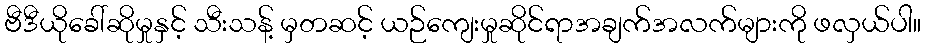
ဗီဒီယိုခေါ်ဆိုမှုနှင့် သီးသန့် မှတဆင့် ယဉ်ကျေးမှုဆိုင်ရာအချက်အလက်များကို ဖလှယ်ပါ။